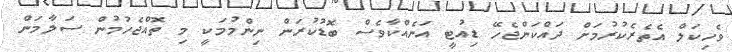
ވެހިކަލް އެތެރެކުރުމަށް ދައްކަންޖެހޭ ޑިއުޓީ އަނެއްކާވެސް ބޮޑުކުރަން ނިންމުމަކީ މި ތޮއްޖެހުމުން ސަލާމަން